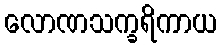
လောဏသက္ခရိကာယ